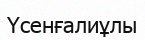
Үсенғалиұлы